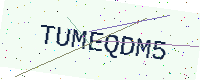
Text: TUMEQDM5